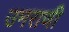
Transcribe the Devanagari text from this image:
उमराणी